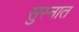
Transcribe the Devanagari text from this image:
सुस्नात